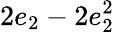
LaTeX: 2e_{2}-2e_{2}^{2}